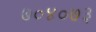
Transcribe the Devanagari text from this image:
७०४०७३